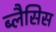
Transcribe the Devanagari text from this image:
ब्लैसिस